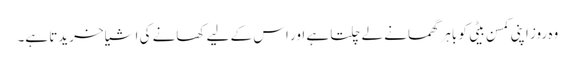
وہ روز اپنی کمسن بیٹی کو باہر گھمانے لے چلتا ہے اور اس کے لیے کھانے کی اشیا خریدتا ہے۔